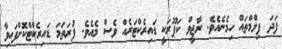
ފަދަ ފިލްމްތައް ހިމެނެއެވެ. ރާޖީވް ކަޕޫރަކީ ޑައިރެކްޓަރެއް ވެސް މެއެވެ. ފުރަތަމަ ޑައިރެކްޓްކޮށްފައިވާ